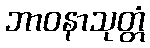
ဘာဝနာသုတ္တံ